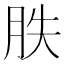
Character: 胅